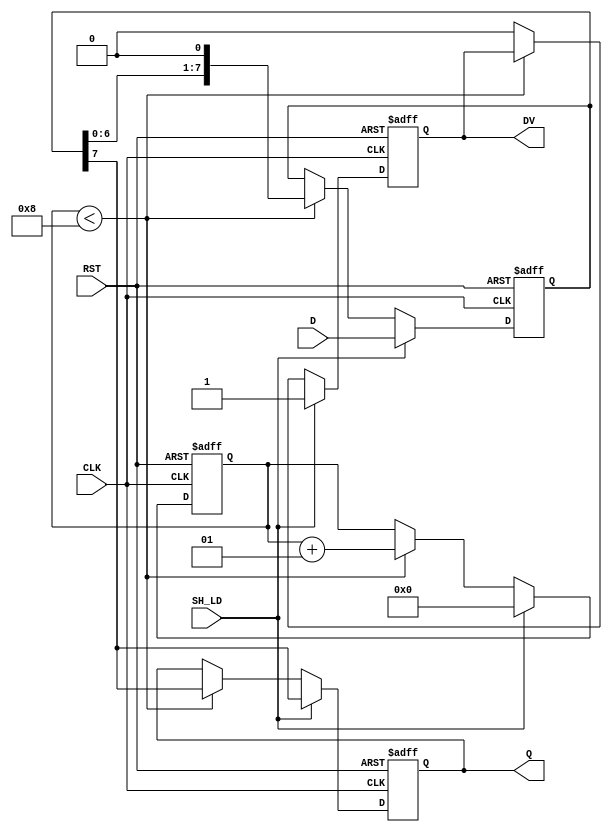
module PISO_Register #(
    parameter N = 8  // Parameter for the width of the register
)(
    input wire [N-1:0] D,     // Parallel data input
    input wire SH_LD,         // Shift/Load control signal
    input wire CLK,           // Clock signal
    input wire RST,           // Asynchronous reset signal
    output reg Q,             // Serial output
    output reg DV             // Data valid signal
);

    reg [N-1:0] internal_reg; // Internal register to hold parallel data
    integer shift_count;       // Counter to track the number of shifts

    always @(posedge CLK or posedge RST) begin
        if (RST) begin
            // Asynchronous reset
            internal_reg <= {N{1'b0}};
            Q <= 1'b0;
            DV <= 1'b0;
            shift_count <= 0;
        end else begin
            if (SH_LD) begin
                // Load mode
                internal_reg <= D; // Load parallel data into the register
                Q <= internal_reg[N-1]; // Output MSB
                DV <= 1'b1; // Data valid is asserted
                shift_count <= 0; // Reset shift counter
            end else begin
                // Shift mode
                if (shift_count < N) begin
                    Q <= internal_reg[N-1]; // Output current MSB
                    internal_reg <= {internal_reg[N-2:0], 1'b0}; // Shift right
                    shift_count <= shift_count + 1; // Increment shift count
                end else begin
                    DV <= 1'b0; // De-assert data valid after all bits are shifted out
                end
            end
        end
    end

endmodule